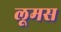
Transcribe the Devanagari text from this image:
लूमस